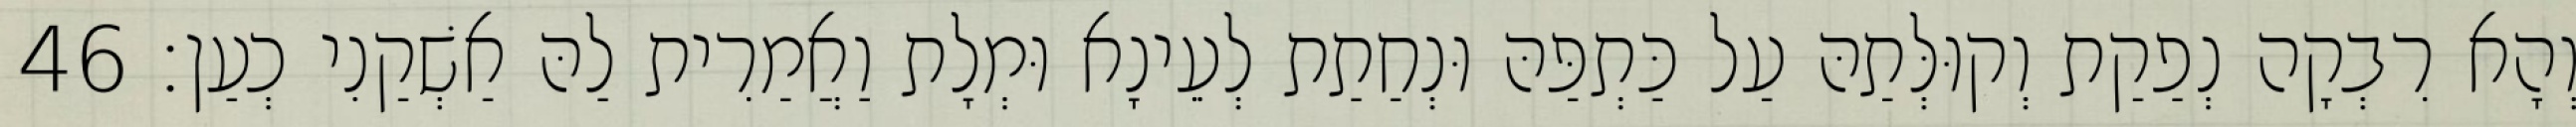
וְהָא רִבְקָה נְפַקַת וְקוּלְּתַהּ עַל כַּתְפַּהּ וּנְחַתַת לְעֵינָא וּמְלָת וַאֲמַרִית לַהּ אַשְׁקַנִי כְעַן׃ 46